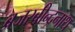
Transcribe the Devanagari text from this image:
ब्रजरबीन्द्रनाथ